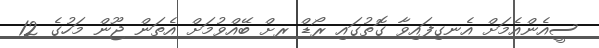
ސީއެންއެމަށް އެނގިފައިވާ ގޮތުގައި ރޯޑް ރށް ބޭއްވުމަށް އެތަން ޖޫން މަހުގެ 12